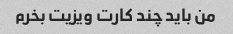
من باید چند کارت ویزیت بخرم